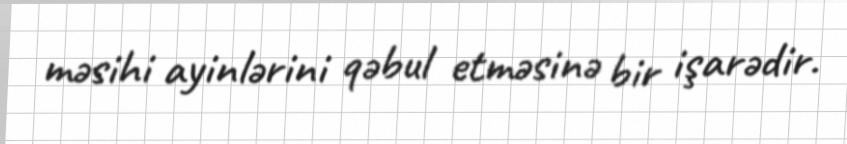
məsihi ayinlərini qəbul etməsinə bir işarədir.